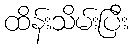
ထိန်းသိမ်းပြီး